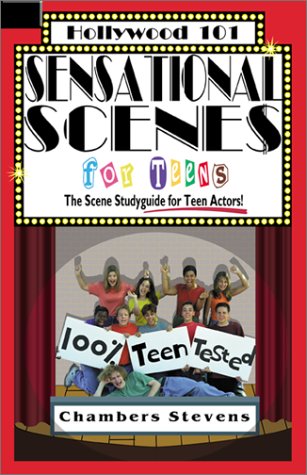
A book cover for Sensational Scenes for Teens : The Scene Studyguide for Teen Actors! (Hollywood 101); Chambers Stevens; Literature & Fiction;